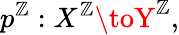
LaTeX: p^{\mathbb{Z}}:X^{\mathbb{Z}}\toY^{\mathbb{Z}},